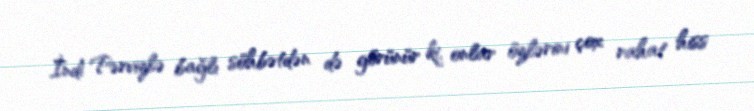
İndi Pərvizlə bağlı söhbətdən də görünür ki, onlar özlərini çox rahat hiss